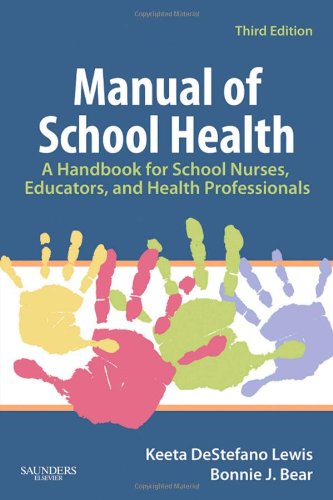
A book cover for Manual of School Health: A Handbook for School Nurses, Educators, and Health Professionals, 3e; Keeta DeStefano Lewis RN  MSN  PhD  FNASN; Medical Books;